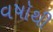
વષૉથી